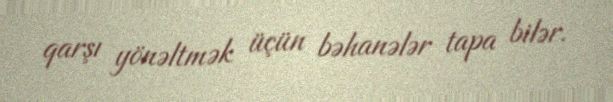
qarşı yönəltmək üçün bəhanələr tapa bilər.